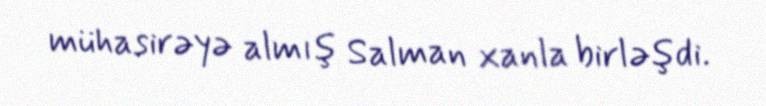
mühasirəyə almış Salman xanla birləşdi.